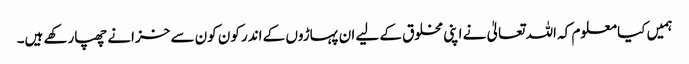
ہمیں کیا معلوم کہ اللہ تعالیٰ نے اپنی مخلوق کے لیے ان پہاڑوں کے اندر کون کون سے خزانے چھپارکھے ہیں۔